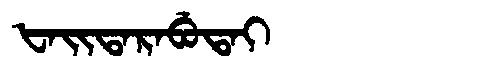
Manchu: ᡶᠠᡳᡨᠠᡵᠠᠪᡠᡨᠠᡳ
Romanization: FAITARABUTAI